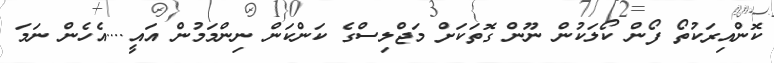
ކޮންއިރަކުތޯ ފޯން ކޯލަކުން ނޫން ގޮތަކަށް މަޖްލިސްގެ ކަންކަން ނިންމަމުން އައީ....އެހެން ނަމަ